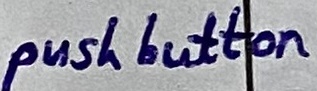
Text: push button